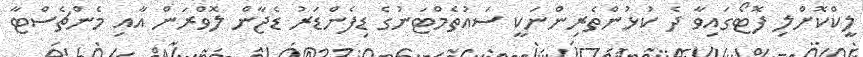
ލީކްކޮށްލި ފޮޓޯގައިވާ ދެ ކުޅުންތެރިންނަކީ ސައުތެމްޓަނުގެ ޑިފެންޑަރު ޑެޖާން ލޮވްރަން އާއި މެންޗެސްޓާ